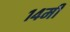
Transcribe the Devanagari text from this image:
१४मी